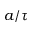
a / \tau